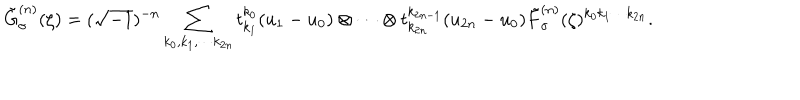
\tilde { G } _ { \sigma } ^ { ( n ) } ( \zeta ) = ( \sqrt { - 1 } ) ^ { - n } \sum _ { k _ { 0 } , k _ { 1 } , \cdots k _ { 2 n } } t _ { k _ { 1 } } ^ { k _ { 0 } } ( u _ { 1 } - u _ { 0 } ) \otimes \cdots \otimes t _ { k _ { 2 n } } ^ { k _ { 2 n - 1 } } ( u _ { 2 n } - u _ { 0 } ) \tilde { F } _ { \sigma } ^ { ( n ) } ( \zeta ) ^ { k _ { 0 } k _ { 1 } \cdots k _ { 2 n } } .